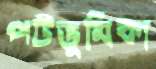
পটভূমিকা